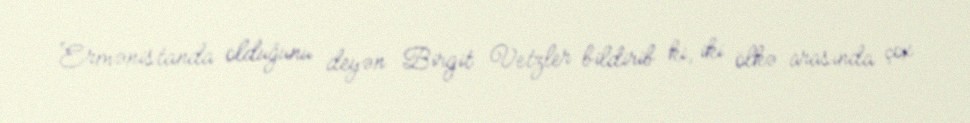
Ermənistanda olduğunu deyən Birgit Vetzler bildirib ki, iki ölkə arasında çox